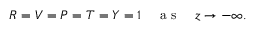
\begin{array} { r } { R = V = P = T = Y = 1 \quad \mathrm { ~ a ~ s ~ } \quad z \to - \infty . } \end{array}